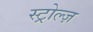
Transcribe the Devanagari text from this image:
स्ट्रोल्ज़